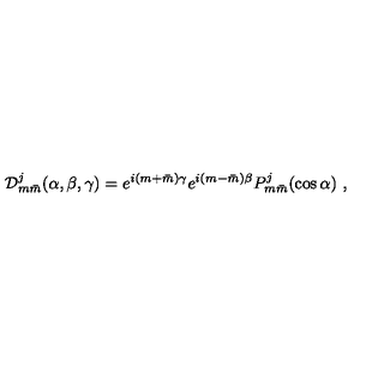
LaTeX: { \cal D } _ { m \bar { m } } ^ { j } ( \alpha , \beta , \gamma ) = e ^ { i ( m + \bar { m } ) \gamma } e ^ { i ( m - \bar { m } ) \beta } P _ { m \bar { m } } ^ { j } ( \cos \alpha ) \ ,